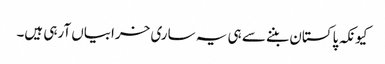
کیونکہ پاکستان بننے سے ہی یہ ساری خرابیاں آرہی ہیں۔